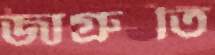
জাগ্রুতি